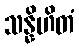
သန္နိဟိတံ